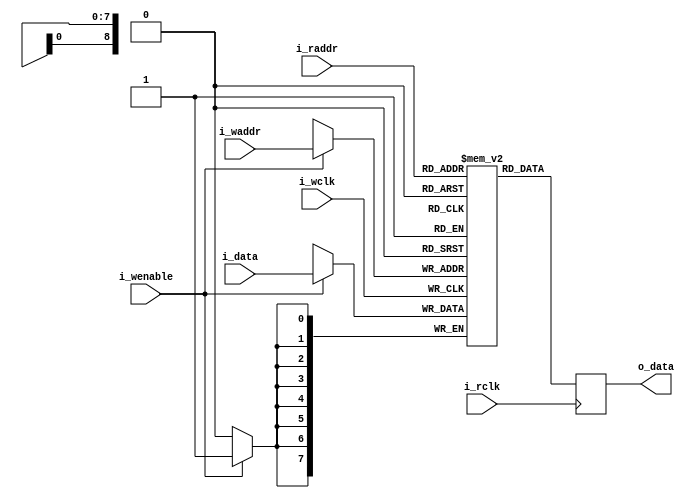
//ram_dualport: 2-port ram. Should infer an SB_RAM512x8 EBR.
//Adapted from TN1250, Memory Usage Guide for iCE40 Devices.
module ram_dualport_infer #(
	parameter c_ADDRWIDTH = 9,
	parameter c_DATAWIDTH = 8)
	(
		input [c_DATAWIDTH-1:0] i_data,
		input i_wenable,
		input [c_ADDRWIDTH-1:0] i_waddr,
		input i_wclk,
		input [c_ADDRWIDTH-1:0] i_raddr,
		input i_rclk,
		output reg [c_DATAWIDTH-1:0] o_data
	);
	reg [c_DATAWIDTH-1:0] r_MEM [(1<<c_ADDRWIDTH)-1:0];
	always @(posedge i_wclk) //Write memory.
		if (i_wenable)
			r_MEM[i_waddr] <= i_data; //Using write address bus.
	always @(posedge i_rclk) //Read memory.
		o_data <= r_MEM[i_raddr]; //Using read address bus.
endmodule
module ram_fifo #(
	parameter c_ADDRWIDTH = 9, //Has to be 3+ for nearfull to work
	parameter c_DATAWIDTH = 8,
	parameter c_NEARFULLTHRESH = 1<<(c_ADDRWIDTH-2))
	(
		input i_clock,
		input i_writeen,
		input [c_DATAWIDTH-1:0] i_data,
		input i_readen,
		output [c_DATAWIDTH-1:0] o_data,
		output o_full,
		output o_nearfull,
		output o_empty
	);

	reg [c_ADDRWIDTH-1:0] r_WADDR = 0;
	reg [c_ADDRWIDTH-1:0] r_RADDR = 0;
	reg [c_ADDRWIDTH-1:0] r_NEARFULLDIFF = c_NEARFULLTHRESH;
	wire [c_ADDRWIDTH-1:0] w_nextwaddr;
	//wire [c_ADDRWIDTH-1:0] w_next2waddr;
	//wire [c_ADDRWIDTH-1:0] w_next3waddr;
	//wire [c_ADDRWIDTH-1:0] w_next4waddr;
	wire [c_ADDRWIDTH-1:0] w_nextraddr;
	wire [c_DATAWIDTH-1:0] w_wdata;
	wire [c_DATAWIDTH-1:0] w_rdata;
	wire w_full, w_nearfull, w_empty, w_fastempty;
	reg [c_DATAWIDTH-1:0] r_RDATA;
	reg r_EMPTY = 1'b1;
	reg r_FULL = 1'b0;
	reg r_NEARFULL = 1'b0;
	always @(posedge i_clock)
		if (i_writeen && !r_FULL)
			r_WADDR <= r_WADDR+1;
	always @(posedge i_clock)
		r_FULL <= w_full;
	always @(posedge i_clock)
		if (i_readen && !r_EMPTY)
			r_RADDR <= r_RADDR+1;
	always @(posedge i_clock)
		if (!r_EMPTY && i_readen)
			r_EMPTY <= w_fastempty;
		else
			r_EMPTY <= w_empty;
	always @(posedge i_clock)
		begin
			r_NEARFULLDIFF <= r_RADDR - r_WADDR;
			r_NEARFULL <= !r_EMPTY && (r_NEARFULLDIFF < c_NEARFULLTHRESH);
		end
	assign o_full = w_full;
	assign o_nearfull= w_nearfull;
	assign o_empty = r_EMPTY;
	assign o_data = w_wdata;
	assign w_nextwaddr = r_WADDR+1;
	assign w_full = (w_nextwaddr == r_RADDR);
	//assign w_next2waddr = r_WADDR+2;
	//assign w_next3waddr = r_WADDR+3;
	//assign w_next4waddr = r_WADDR+4;
	//assign w_nearfull = w_full || (w_next2waddr == r_RADDR) || (w_next3waddr == r_RADDR) || (w_next4waddr == r_RADDR);
	assign w_nearfull = r_NEARFULL;
	assign w_nextraddr = r_RADDR+1;
	assign w_empty = (r_RADDR == r_WADDR);
	assign w_fastempty = (w_nextraddr == r_WADDR);
	ram_dualport_infer #(
		.c_ADDRWIDTH (c_ADDRWIDTH),
		.c_DATAWIDTH (c_DATAWIDTH)
	) myram (
		.i_data (i_data),
		.i_wenable (i_writeen),
		.i_waddr (w_nextwaddr),
		.i_wclk (i_clock),
		.i_raddr (w_nextraddr),
		.i_rclk (i_clock),
		.o_data (w_wdata)
	);
endmodule